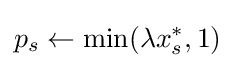
p_{s}\leftarrow \min(\lambda x_{s}^{*},1)